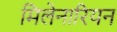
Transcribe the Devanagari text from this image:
मिलेनारियन